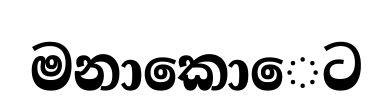
මනාකොෙට